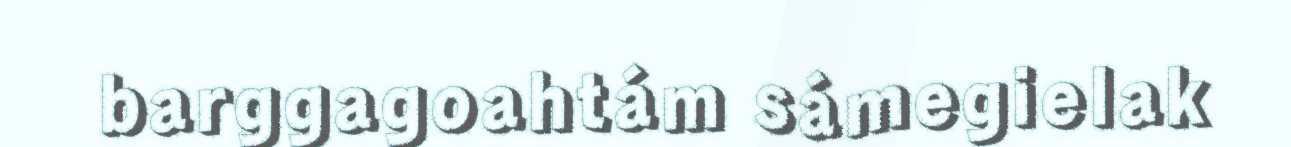
barggagoahtám sámegielak